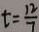
t = \frac { 1 2 } { 7 }